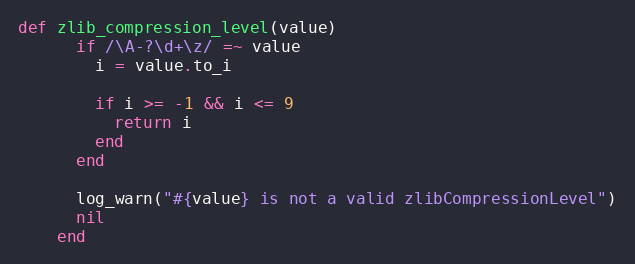
Language: Ruby
def zlib_compression_level(value)
      if /\A-?\d+\z/ =~ value
        i = value.to_i

        if i >= -1 && i <= 9
          return i
        end
      end

      log_warn("#{value} is not a valid zlibCompressionLevel")
      nil
    end